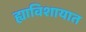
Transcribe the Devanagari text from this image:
ह्याविशायात